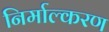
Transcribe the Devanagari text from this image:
निर्माल्करण